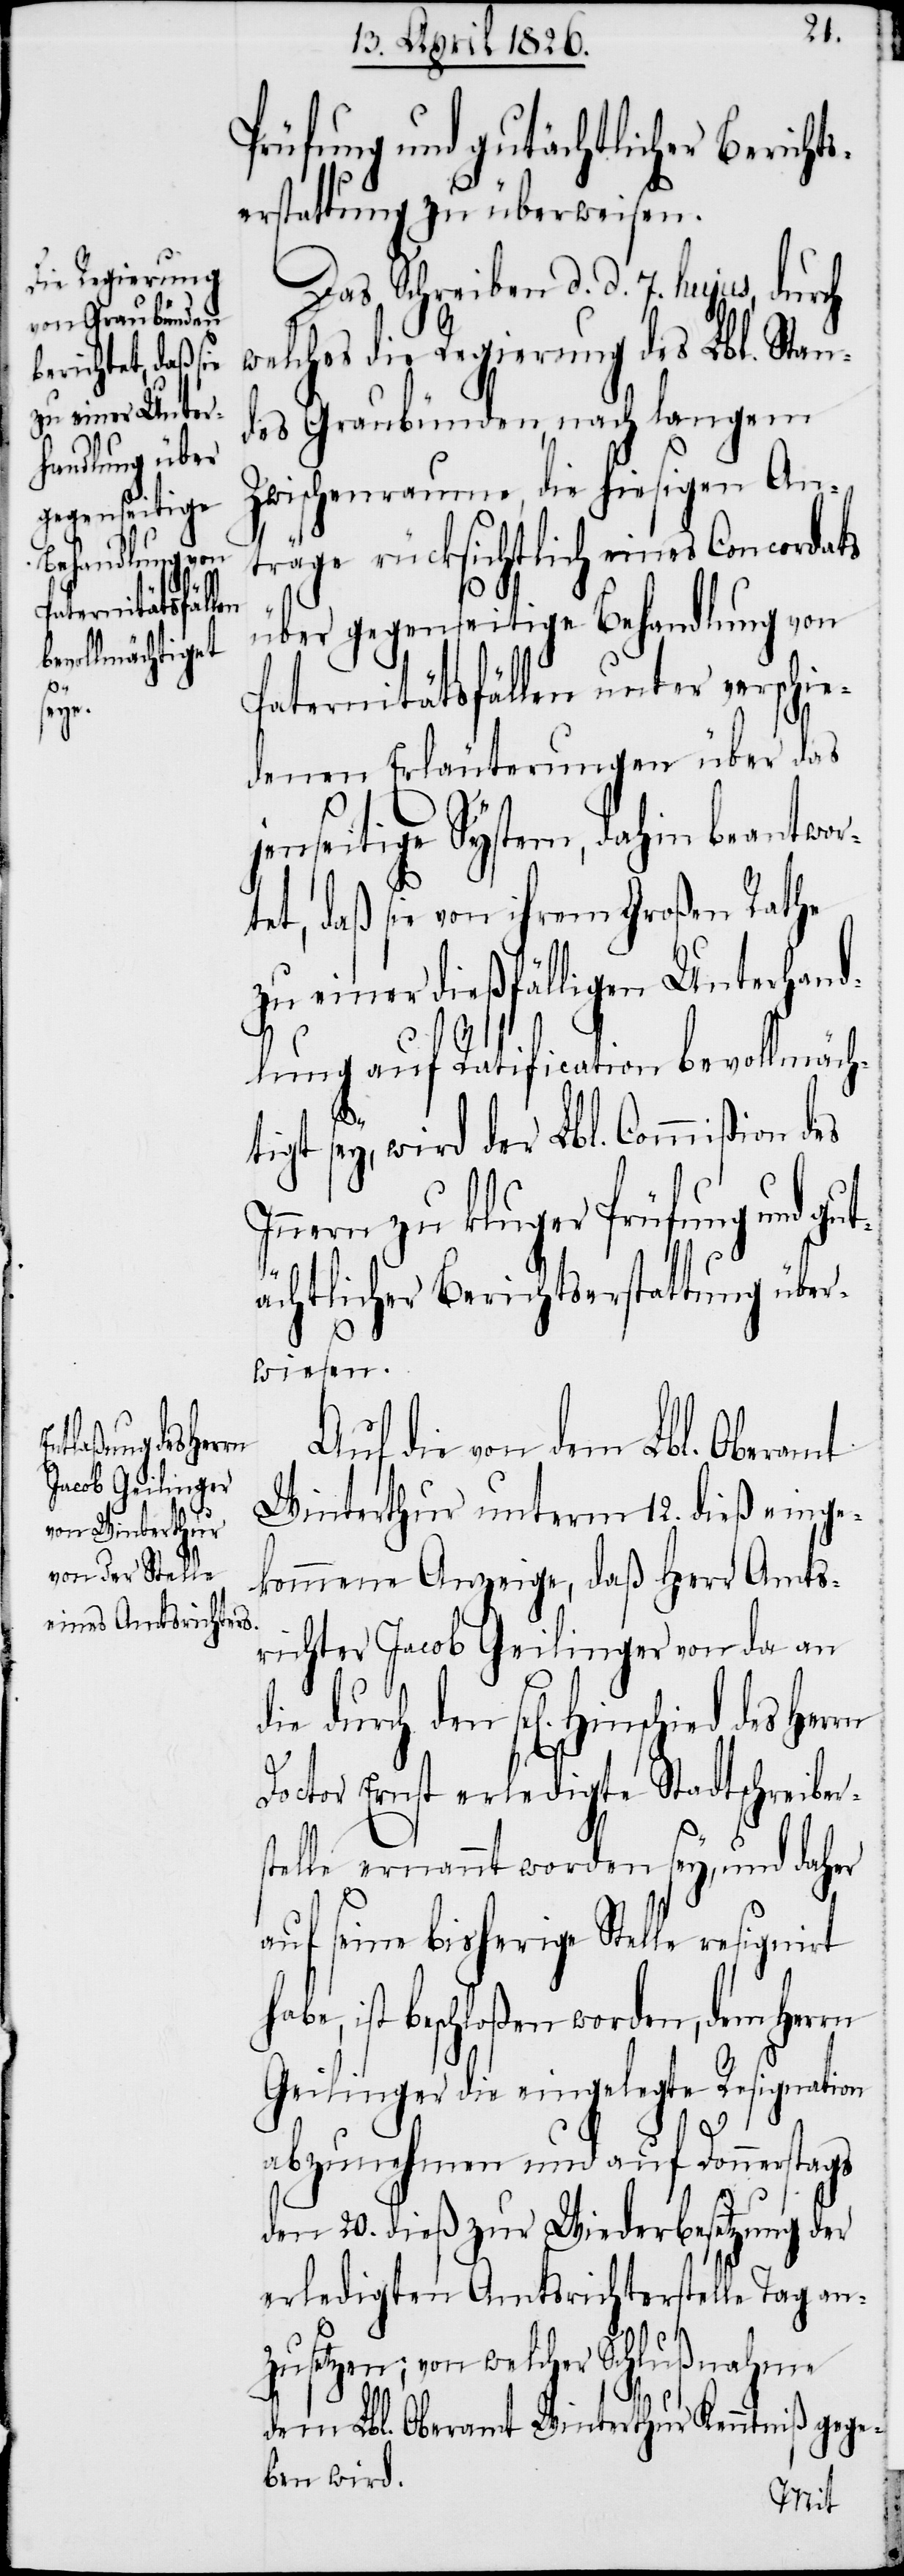
den, nach langem
schied des Herrn

Prüfung und gutächtlichen Bericht¬
serstattung zu überweisen.
Das Schreiben d. d. 7. hujus, durch
welches die Regierung des Lbl. Grau¬
Zwischenraume, die hiesigen An¬
träge rücksichtlich eines Concordats
über gegenseitige Behandlung von
Paternitätsfällen unter verschie¬
denen Erläuterungen über das
jenseitige System, dahin beantwor¬
tet, daß sie von ihrem Großen Rathe
zu einer dießfälligen Unterhand¬
lung auf Ratification bevollmäch¬
us¬
igt sey, wird der Lbl. Commißion des
Innern zu kluger Prüfung und gut¬
s¬
ächtlichen Berichtserstattung über¬
gs
wiesen.
Auf die von dem Lbl. Oberamt
Winterthur unterm 12. dieß einge¬
kommene Anzeige, daß Herr Amts¬
richter Jacob Geilinger von da an
die durch den sel[igen] Hin¬
Doctor Ernst erledigte Stadtschreiber¬
telle ernannt worden sey, und daher
auf seine bisherig Stelle resignirt
ist beschloßen worden, dem Herrn
Geilinger die eingelegte Resignation
abzunehmen und auf Donnersta¬
den 20. dieß zur Wiederbesetzung der
erledigten Amtsrichterstelle Tag anz¬
etzen; von welcher Schlußnahme
dem Lbl. Oberamt Winterthur Kenntniß gege¬
ben wird.